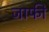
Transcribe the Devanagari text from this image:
जाफी